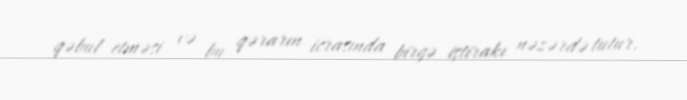
qəbul etməsi və bu qərarın icrasında birgə iştirakı nəzərdə tutur.